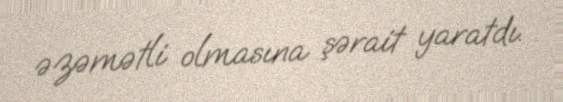
əzəmətli olmasına şərait yaratdı.